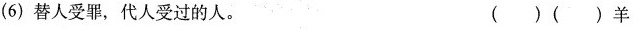
(6)替人受罪，代人受过的人。 ( )( )羊